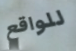
للواقع